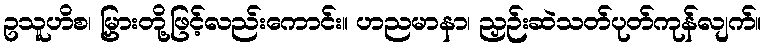
ဥသူဟိစ၊ မြှားတို့ဖြင့်လည်းကောင်း။ ဟညမာနာ၊ ညှဉ်းဆဲသတ်ပုတ်ကုန်လျက်။